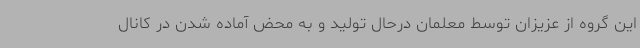
این گروه از عزیزان توسط معلمان درحال تولید و به محض آماده شدن در کانال